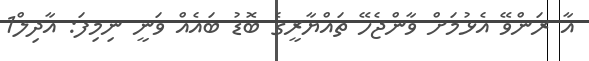
އާ ރަންވޭ އެޅުމަށް ވާންޖެހޭ ތައްޔާރީގެ ބޮޑު ބައެއް ވަނީ ނިމިފަ: އާދިލް1